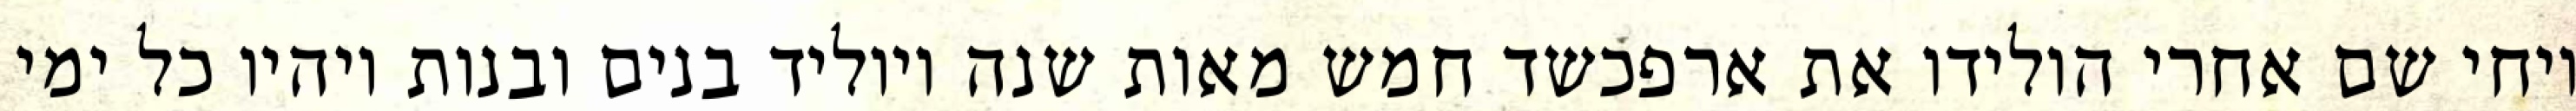
ויחי שם אחרי הולידו את ארפכשד חמש מאות שנה ויוליד בנים ובנות ויהיו כל ימי